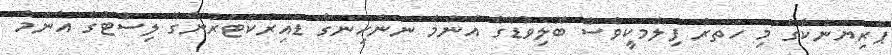
ޕްރިޔަންކާގެ މި ހަތަރު ފިލްމަކީވެސް ބޮލިވުޑްގެ އެންމެ ނަންހިނގާ ޑައިރެކްޓަރުންގެ ލިސްޓުގެ އެންމެ